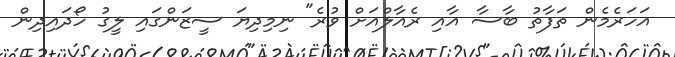
އަހަރެމެން ތަފާތު ބާސާ އާއި ރެއާލްއަށް ވުރެ" ނިމިދިޔަ ސީޒަންގައި ލީގު ހޯދައިދިން